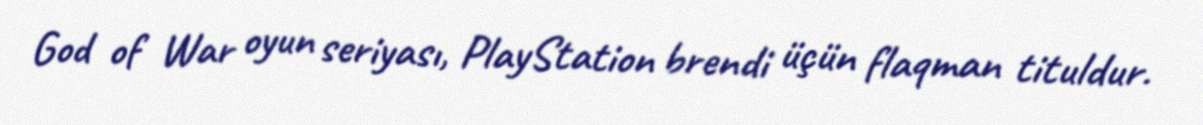
God of War oyun seriyası, PlayStation brendi üçün flaqman tituldur.